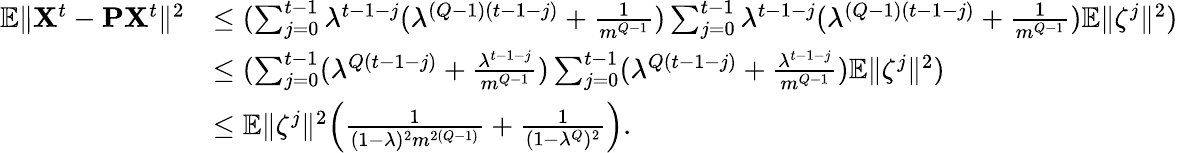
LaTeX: \begin{array}{rl}{\mathbb{E}\| {\mathbf X}^{t}-{\mathbf P}{\mathbf X}^{t}\| ^{2}}&{\leq(\sum_{j=0}^{t-1}\lambda^{t-1-j}(\lambda^{(Q-1)(t-1-j)}+\frac{1}{m^{Q-1}})\sum_{j=0}^{t-1}\lambda^{t-1-j}(\lambda^{(Q-1)(t-1-j)}+\frac{1}{m^{Q-1}})\mathbb{E}\| {\mathbf\zeta}^{j}\| ^{2})}\\ &{\leq(\sum_{j=0}^{t-1}(\lambda^{Q(t-1-j)}+\frac{\lambda^{t-1-j}}{m^{Q-1}})\sum_{j=0}^{t-1}(\lambda^{Q(t-1-j)}+\frac{\lambda^{t-1-j}}{m^{Q-1}})\mathbb{E}\| {\mathbf\zeta}^{j}\| ^{2})}\\ &{\leq\mathbb{E}\| {\mathbf\zeta}^{j}\| ^{2}\Big(\frac{1}{(1-\lambda)^{2}m^{2(Q-1)}}+\frac{1}{(1-\lambda^{Q})^{2}}\Big).}\end{array}